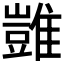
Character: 𩀡